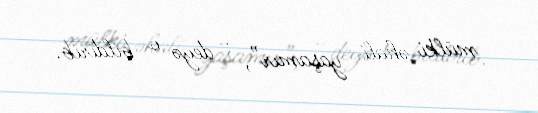
mülki əhali yaşamır”, - deyə o bildirib.